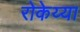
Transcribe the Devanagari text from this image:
रोकेय्या